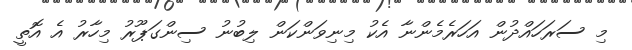
މި ސަރަހައްދުން އަހަރެމެންނާ އެކު މިނިވަންކަން ލިބުނު ސިންގަޕޫރު މިހާރު އެ އޮތީ